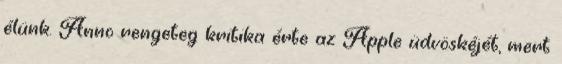
élünk. Anno rengeteg kritika érte az Apple üdvöskéjét, mert